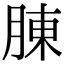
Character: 腖